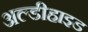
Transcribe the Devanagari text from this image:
अल्डीहाइड